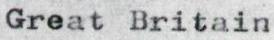
Great Britain